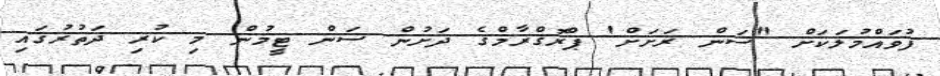
ފުވައްމުލަކަށް "ސަން ރަށަށް' ޕްރޮގްރާމްގެ ދަށުން ސަން ޓީމުން މި ކުރި ދަތުރުގައި